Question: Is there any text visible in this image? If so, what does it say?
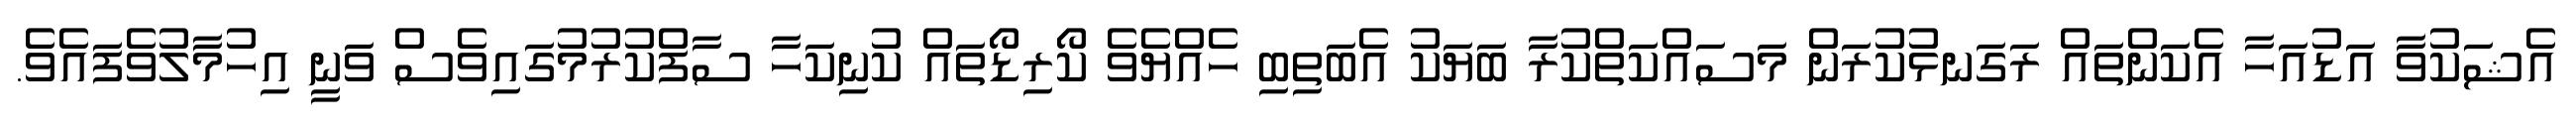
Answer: އެޝަކުވާ އަޑުއަހާ އެކަންތައް ރަގަނޅުކުރަން މަސައްކަތްކުރާ ބަޔަކު އެބަތިބި ހެއްޔެވެ ކޯރިޑޯތައް ކުނިކަހާ ސާފްކުރުމުގައިވެސް ވަނީ އިހުމާލުވެފައެވެ.